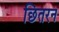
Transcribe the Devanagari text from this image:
छितरन